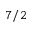
7 / 2